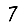
Digit: 7